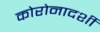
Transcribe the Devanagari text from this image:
कोरोनादर्शी